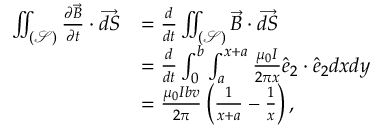
\begin{array} { r l } { \iint _ { ( \mathcal { S } ) } \frac { \partial \Vec { B } } { \partial t } \cdot \overrightarrow { d S } } & { = \frac { d } { d t } \iint _ { ( \mathcal { S } ) } \Vec { B } \cdot \overrightarrow { d S } } \\ & { = \frac { d } { d t } \int _ { 0 } ^ { b } \int _ { a } ^ { x + a } \frac { \mu _ { 0 } I } { 2 \pi x } \hat { e } _ { 2 } \cdot \hat { e } _ { 2 } d x d y } \\ & { = \frac { \mu _ { 0 } I b v } { 2 \pi } \left( \frac { 1 } { x + a } - \frac { 1 } { x } \right) , } \end{array}